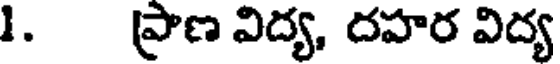
1. పాణ విద్య, దహర విద్య